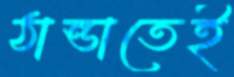
ঠান্ডাতেই